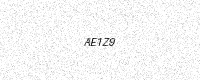
Text: AE1Z9